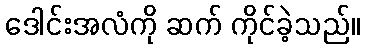
ဒေါင်းအလံကို ဆက် ကိုင်ခဲ့သည်။